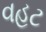
વહટ